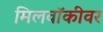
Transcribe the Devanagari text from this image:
मिलवॉकीवर